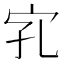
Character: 𱚄